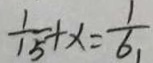
\frac { 1 } { 1 5 } + x = \frac { 1 } { 6 } ,